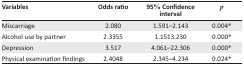
<table><thead><tr><td><b>Variables</b></td><td><b>Odds ratio</b></td><td><b>95% Confidence interval</b></td><td><b><i>p</i></b></td></tr></thead><tbody><tr><td>Miscarriage</td><td>2.080</td><td>1.591–2.143</td><td>0.004*</td></tr><tr><td>Alcohol use by partner</td><td>2.3355</td><td>1.1513.230</td><td>0.000*</td></tr><tr><td>Depression</td><td>3.517</td><td>4.061–22.306</td><td>0.000*</td></tr><tr><td>Physical examination findings</td><td>2.4048</td><td>2.345–4.234</td><td>0.024*</td></tr></tbody></table>